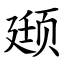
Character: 颋